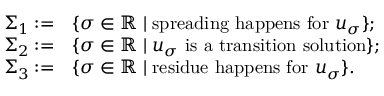
\begin{array} { r l } { \Sigma _ { 1 } : = } & { \{ \sigma \in \mathbb { R } \; | \; \mathrm { s p r e a d i n g ~ h a p p e n s ~ f o r ~ } u _ { \sigma } \} ; } \\ { \Sigma _ { 2 } : = } & { \{ \sigma \in \mathbb { R } \; | \; u _ { \sigma } \mathrm { ~ i s ~ a ~ t r a n s i t i o n ~ s o l u t i o n } \} ; } \\ { \Sigma _ { 3 } : = } & { \{ \sigma \in \mathbb { R } \; | \; \mathrm { r e s i d u e ~ h a p p e n s ~ f o r ~ } u _ { \sigma } \} . } \end{array}